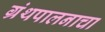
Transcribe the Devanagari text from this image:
ग्रंथपालनाचा